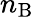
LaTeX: n_{\mathrm{B}}